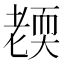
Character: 𦓜